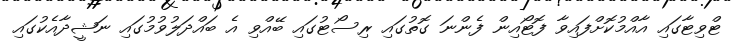
ޓްވިޓާގައި އާއްމުކޮށްފައިވާ ފޮޓޯއިން ފެންނަ ގޮތުގައި ރިސޯޓުގައި ބޭއްވި އެ ބައްދަލުވުމުގައި ނަޝީދާއެކުގައި